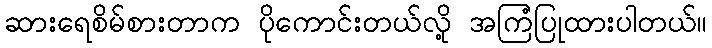
ဆားရေစိမ်စားတာက ပိုကောင်းတယ်လို့ အကြံပြုထားပါတယ်။